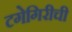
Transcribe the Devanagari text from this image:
टगेगिरीची